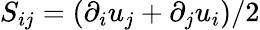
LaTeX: S_{ij}=\left(\partial_{i}u_{j}+\partial_{j}u_{i}\right)/2